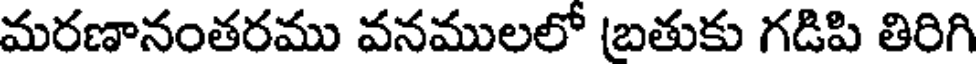
మరణానంతరము వనములలో (బతుకు గడిపి తిరిగి